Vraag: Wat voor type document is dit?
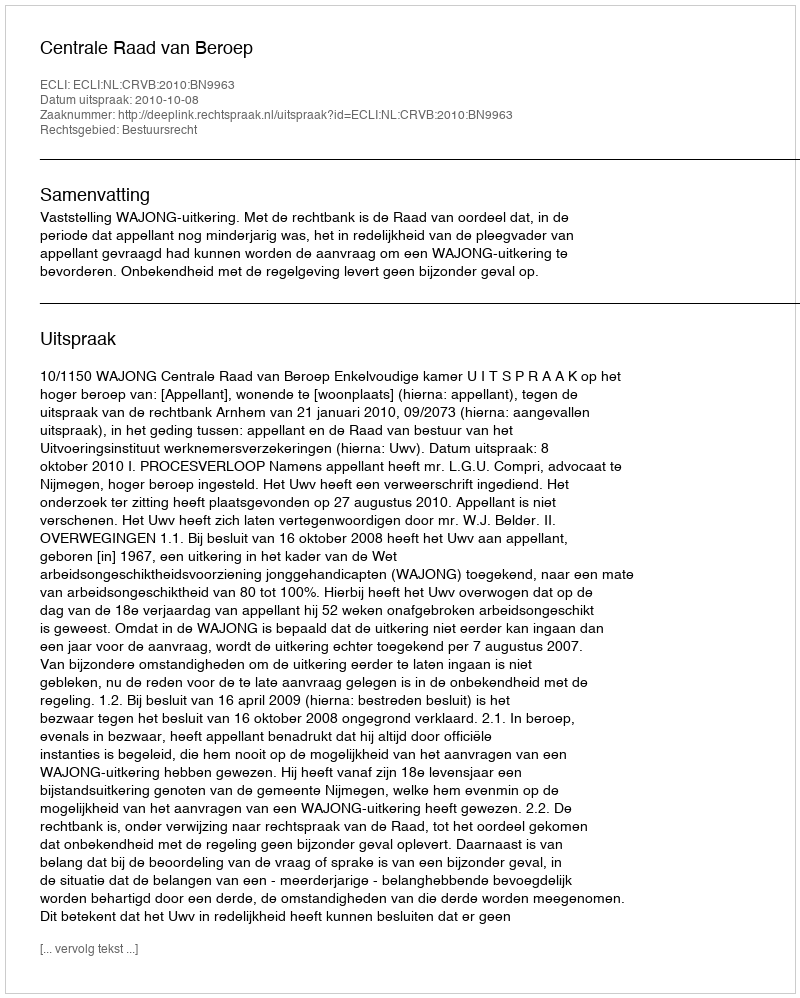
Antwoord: Uitspraak